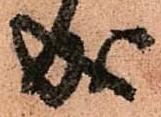
成